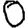
Digit: 0